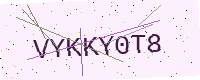
Text: VYKKY0T8